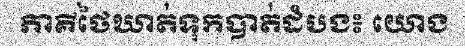
ភាគីថៃឃាត់ទុកបាត់ដំបង៖ យោង